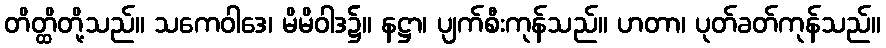
တိတ္ထိတို့သည်။ သကေဝါဒေ၊ မိမိဝါဒ၌။ နဋ္ဌာ၊ ပျက်စီးကုန်သည်။ ဟတာ၊ ပုတ်ခတ်ကုန်သည်။